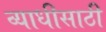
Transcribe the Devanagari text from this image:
व्याधीसाठी